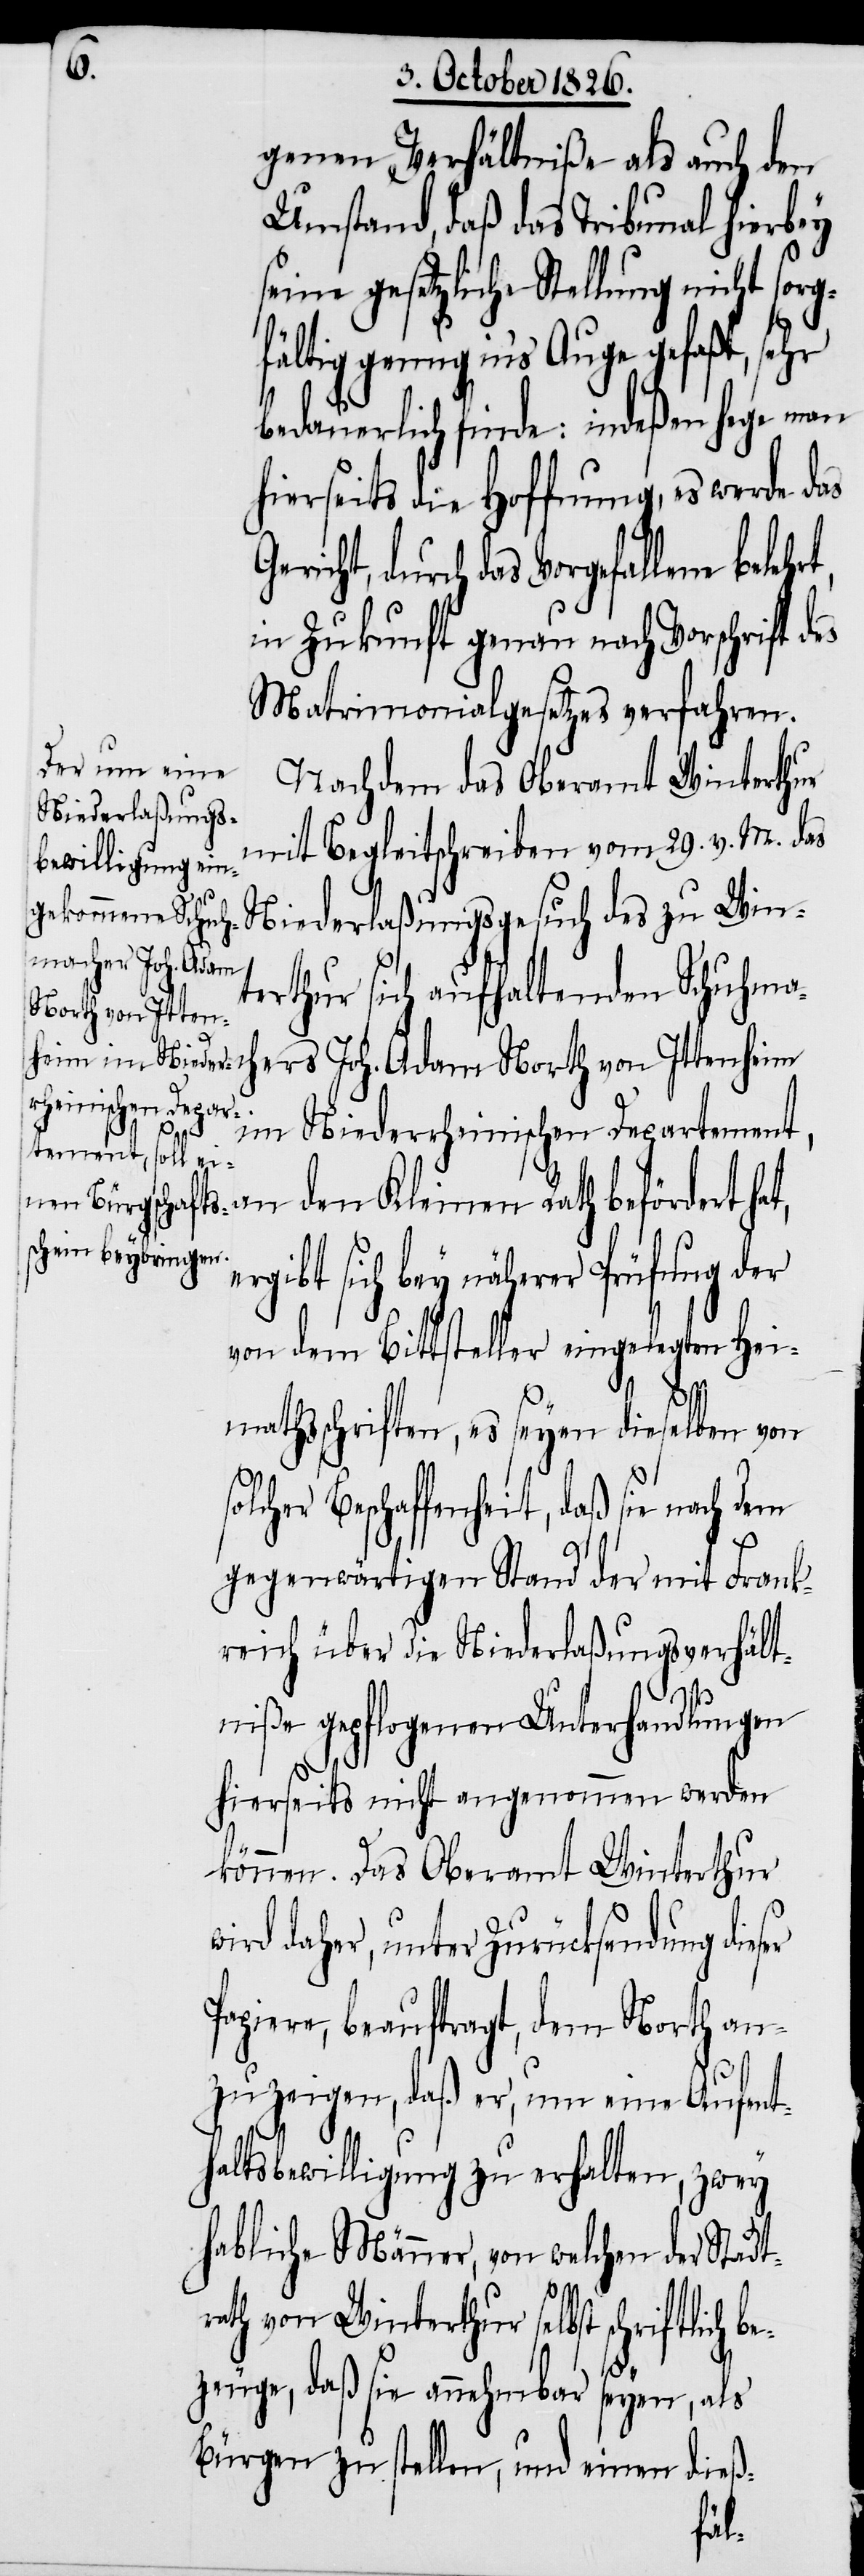
genen Verhältniße als auch den
Umstand, daß das Tribunal hierbey
seine gesetzliche Stellung nicht sorg¬
genug in’s Auge gefaßt, sehr
bedauerlich finde: indeßen hege man
hierseits die Hoffnung, es werde das
ericht, durch das Vorgefallene
in Zukunft genau nach Vorschrift des
Matrimonialgesetzes verfahren.
Nachdem das Oberamt Winterthur
mit Begleitschreiben vom 29. v. M. das
Niederlaßungsgesuch des zu Win¬
terthur sich aufhaltenden Schuhmac¬
heim im Niederr¬
hers Joh. Adam North von Itten¬
riftlich be¬
tement, an den Kleinen Rath befördert ha¬
ergibt sich bey näherer Prüfung der
von dem Bittsteller eingelegten Hei¬
mathsschriften, es seyen dieselben von
solcher Beschaffenheit, daß sie nach dem
gegenwärtigen Stand der mit Frank¬
reich über die Niederlaßungsverhält¬
t,
niße gepflogenen Unterhandlungen
hierseits nicht angenommen werden
können. Das Oberamt Winterthur
wird daher, unter Zurücksendung dieser
Papiere, beauftragt, dem North an¬
zuzeigen, daß er, um eine Aufent¬
haltsbewilligung zu erhalten, zwey
habliche Männer, von welchen der Stadt¬
rath von Winterthur selbst sch¬
zeuge, daß sie annehmbar seyen, als
Bürgen zu stellen, und einen dieß-
fält¬